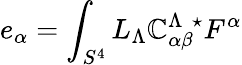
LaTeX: e_{\alpha}=\int_{S^{4}}L_{\Lambda}\mathbb{C}_{\alpha\beta}^{\Lambda\ \ \star}F^{\alpha}